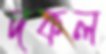
দকল